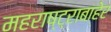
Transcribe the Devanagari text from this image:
महराष्ट्राबाहेर